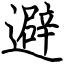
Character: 避